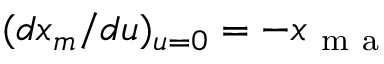
( d x _ { m } / d u ) _ { u = 0 } = - x _ { \mathrm { ~ m ~ a ~ } }